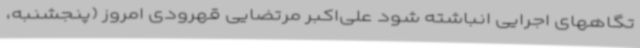
تگاههای اجرایی انباشته شود علی‌اکبر مرتضایی قهرودی امروز (پنجشنبه،